Sanitation, dispensaries and jails vaccination Rajputana 1922-1927 - 1922-1927
Year: 1922
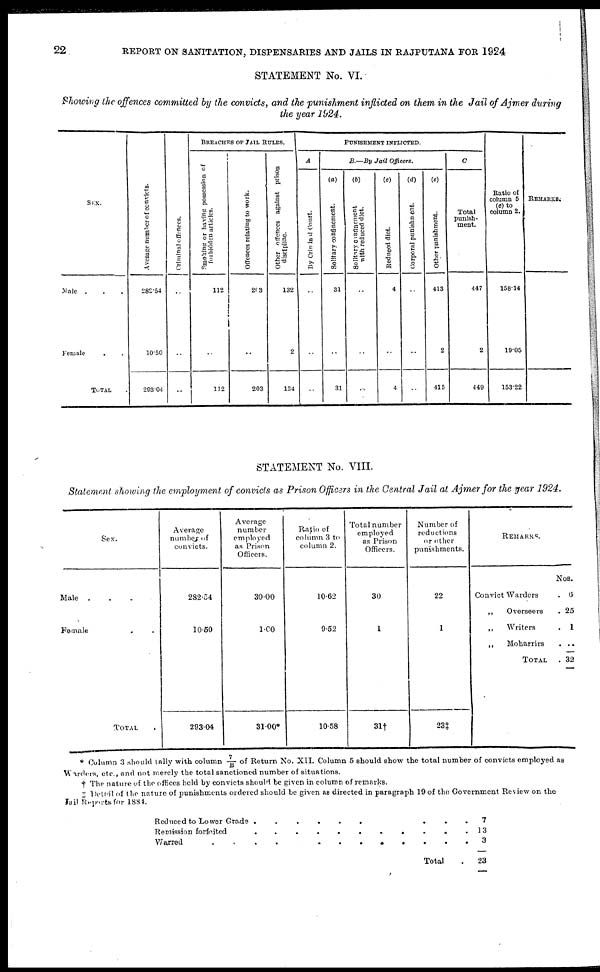
22
REPORT ON SANITATION, DISPENSARIES AND JAILS IN RAJPUTANA FOR 1924
STATEMENT No. VI.
Showing the offences committed by the convicts, and the punishment inflicted on them in the Jail of Ajmer during
the year 1924.
SEX.
Male ...
Female
..
TOTAL .
Average number of convicts.
282.54
10.50
293.04
Criminal offences.
..
..
..
BREACHES OF JAIL RULES.
Smoking or having possession of
forbidden articles.
112
..
112
Offences relating to work.
203
..
203
Other offences against prison
discipline.
132
2
134
PUNISHMENT INFLICTED.
A
By Criminal Court.
..
..
..
B.—By Jail Officers.
(a)
Solitary confinement.
31
..
31
(b)
Solitary confinement
with reduced diet.
..
..
..
(c)
Reduced diet.
4
..
4
(d)
Corporal punishment.
..
..
..
(e)
Other punishment.
413
2
415
C
Total
punish-
ment.
447
2
449
Ratio of
column 5
(c) to
column 2.
158.14
19.05
153.22
REMARKS.
STATEMENT No. VIII.
Statement showing the employment of convicts as Prison Officers in the Central Jail at Ajmer for the year 1924.
Sex.
Male ...
Female ..
TOTAL .
Average
number of
convicts.
282.54
10.50
293.04
Average
number
employed
as Prison
Officers.
30.00
1.00
31.00*
Ratio of
column 3 to
column 2.
10.62
9.52
10.58
Total number
employed
as Prison
Officers.
30
1
31†
Number of
reductions
or other
punishments.
22
1
23‡
REMARKS.
Convict
Warders.
„
Overseers.
„
Writers.
„
Moharrirs .
TOTAL .
Nos.
6
25
1
..
32
* Column 3 should tally with column 7/B of Return No. XII. Column 5 should show the total number of convicts employed as
Warders, etc., and not merely the total sanctioned number of situations.
† The nature of the offices held by convicts should be given in column of remarks.
‡ Detail of the nature of punishments ordered should be given as directed in paragraph 19 of the Government Review on the
Jail Reports for 1884.
Reduced to Lower Grade
.........
Remission forfeited ..........
Warred
............
Total .
7
13
3
23